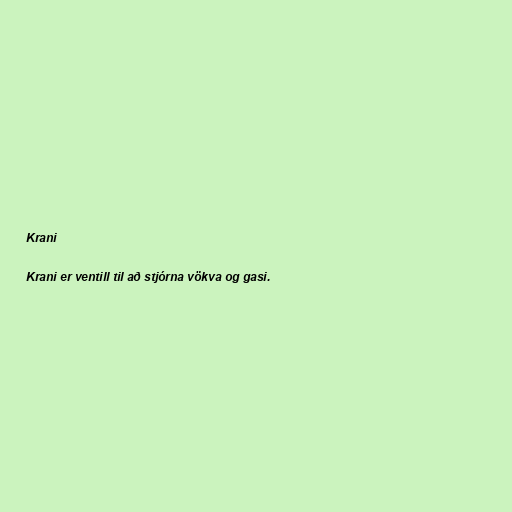
Krani

Krani er ventill til að stjórna vökva og gasi.